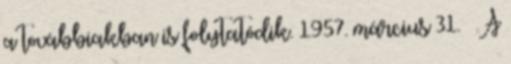
a továbbiakban is folytatódik. 1957. március 31. – A